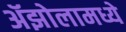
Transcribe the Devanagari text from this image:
ॲझोलामध्ये